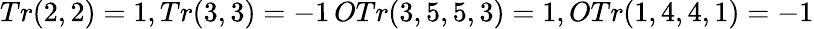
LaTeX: Tr(2,2)=1,Tr(3,3)=-1\, OTr(3,5,5,3)=1,OTr(1,4,4,1)=-1